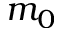
m _ { 0 }